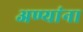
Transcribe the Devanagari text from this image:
अण्यांना